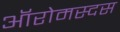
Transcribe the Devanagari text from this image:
ऑरोमस्दस